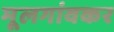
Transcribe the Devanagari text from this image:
मूलगांवकर